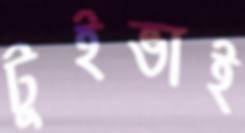
টুইভাই